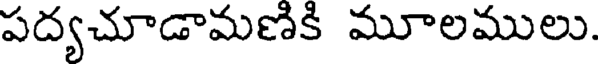
పద్యచూడామణికి మూలములు.